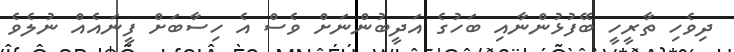
ދިވެހި ތާރީހީ ބޭފުޅުންނާއި ބަހުގެ އަދީބުންނަށް ވެސް އެ ހިސާބަށް ފީނައެއް ނުލެވެ